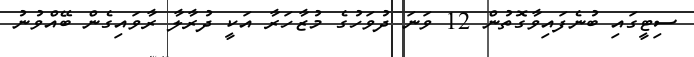
ސިޓީގައި ބުނެފައިވާގޮތުން 12 ވަނަ ދުވަހުގެ މުޒާހަރާ އަކީ ދުރާލާ ރާވައިގެން ބޭއްވުނު